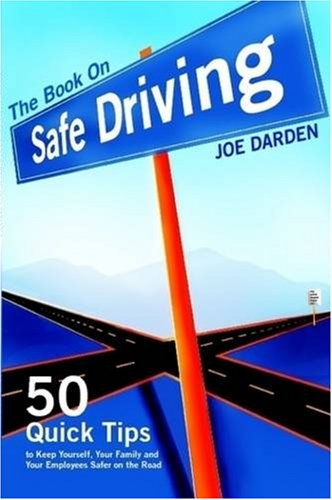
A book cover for The Book on Safe Driving; Joe T. Darden; Test Preparation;